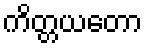
ကိတ္တယတော